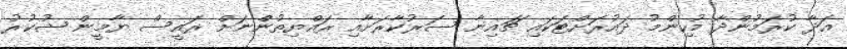
އަދާ ކުރަމުންދާ މުހިންމު ދައުރަށްޓަކައި ޗައިނާ ސަރުކާރަށާއި ރައްޔިތުންނަށް ރައީސް ޔާމީން ޝުކުރު